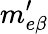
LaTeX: m_{e\beta}^{\prime}